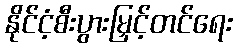
နိုင်ငံ့စီးပွားမြှင့်တင်ရေး